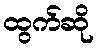
ထွက်ဆို